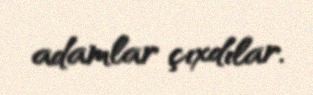
adamlar çıxdılar.